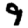
Digit: 9